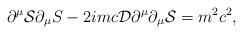
LaTeX: \begin{align*}\partial ^{\mu }{\cal S} \partial _{\mu }S -2i mc {\cal D} \partial ^{\mu } \partial _{\mu}{\cal S} = m ^{2}c^{2 } ,\end{align*}